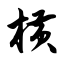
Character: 横